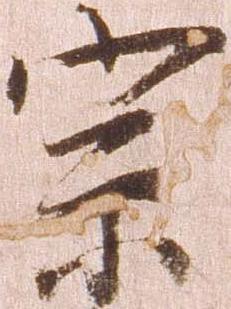
宗